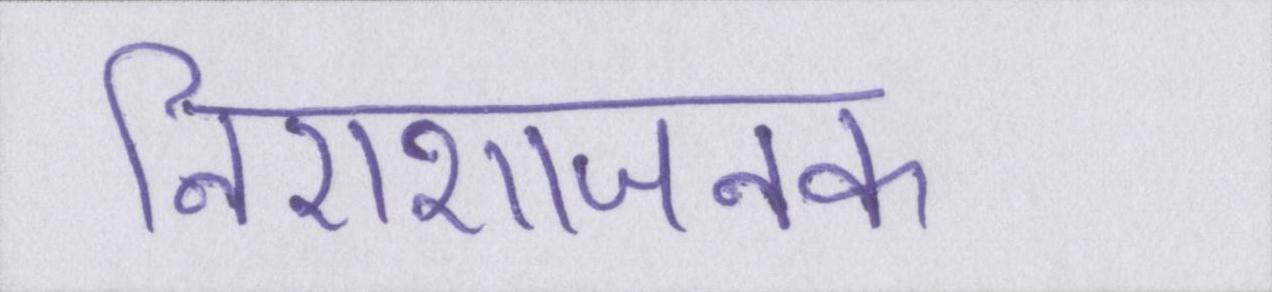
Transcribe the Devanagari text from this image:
निराशाजनक